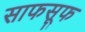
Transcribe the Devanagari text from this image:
साफसूफ